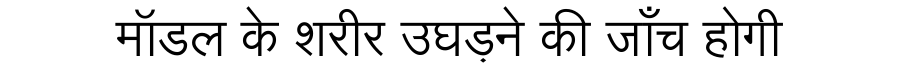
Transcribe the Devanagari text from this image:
मॉडल के शरीर उघड़ने की जाँच होगी